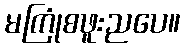
မကြုံစဖူးညပေ။